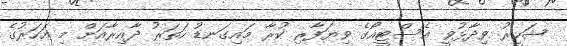
ޝަހީރު ވިދާޅުވީ އެސްޓީއޯގެ ވިޔަފާރި ކުރާ މައިގަނޑު ހަތަރު ދާއިރާއަށް މި އަހަރުގެ